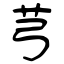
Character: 芎